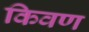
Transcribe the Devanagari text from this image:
किवण